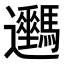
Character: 𨙦